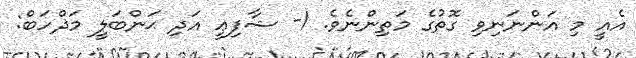
އެއީ މި އަންނަނިވި ގޮތުގެ މަތިންނެވެ. 1- ޝާފިޢީ އަދި ޙަންބަލީ މަޛްހަބް: